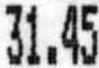
31.45